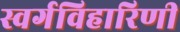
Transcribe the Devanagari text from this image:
स्वर्गविहारिणी